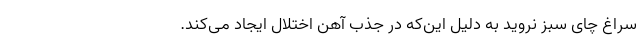
سراغ چای سبز نروید به دلیل این‌که در جذب آهن اختلال ایجاد می‌کند.